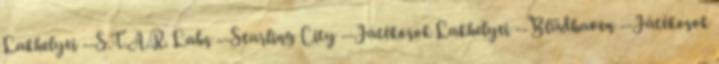
Lakhelyei --S.T.A.R. Labs --Starling City --Játékosok Lakhelyei --Blüdhaven --Játékosok